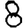
Digit: 8